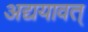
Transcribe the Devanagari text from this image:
अद्ययावत्